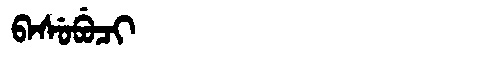
Manchu: ᠪᠠᠰᡠᠪᡠᠴᡳ
Romanization: BASUBUCI